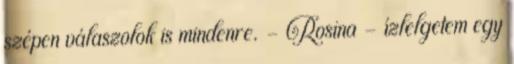
szépen válaszolok is mindenre. - Rosina - ízlelgetem egy